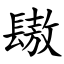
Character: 䦋